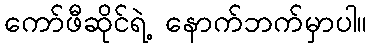
ကော်ဖီဆိုင်ရဲ့ နောက်ဘက်မှာပါ။